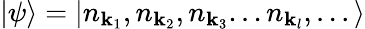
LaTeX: |\psi\rangle=|n_{{\mathbf{k}}_{1}},n_{{\mathbf{k}}_{2}},n_{{\mathbf{k}}_{3}}...n_{{\mathbf{k}}_{l}},...\rangle